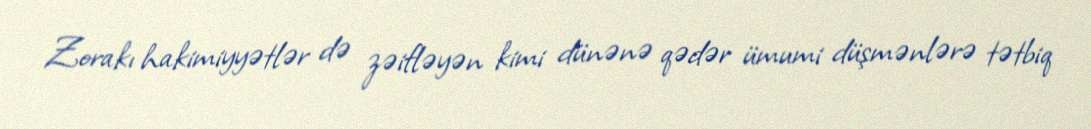
Zorakı hakimiyyətlər də zəifləyən kimi dünənə qədər ümumi düşmənlərə tətbiq